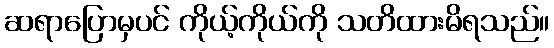
ဆရာပြောမှပင် ကိုယ့်ကိုယ်ကို သတိထားမိရသည်။